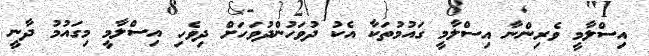
އިސްލާމީ ވެރިންނާ އިސްލާމީ ގައުމުތަކާ އެކު ދުވަހުންދުވަހަށް ދިވެހި އިސްލާމީ މިގައުމު ދާނީ